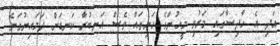
އަދި އެ ހާދިސާގައި މަރުވި މީހުންގެ ހަށިތައް ވެސް އަނބުރާ ކަނޑަށް ދަމައިނުގަނެ